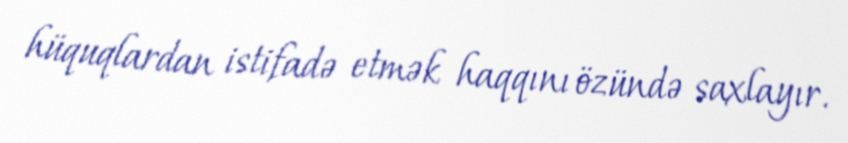
hüquqlardan istifadə etmək haqqını özündə saxlayır.